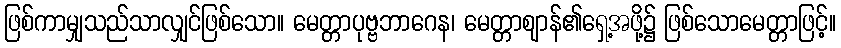
ဖြစ်ကာမျှသည်သာလျှင်ဖြစ်သော။ မေတ္တာပုဗ္ဗဘာဂေန၊ မေတ္တာဈာန်၏ရှေ့အဖို့၌ ဖြစ်သောမေတ္တာဖြင့်။